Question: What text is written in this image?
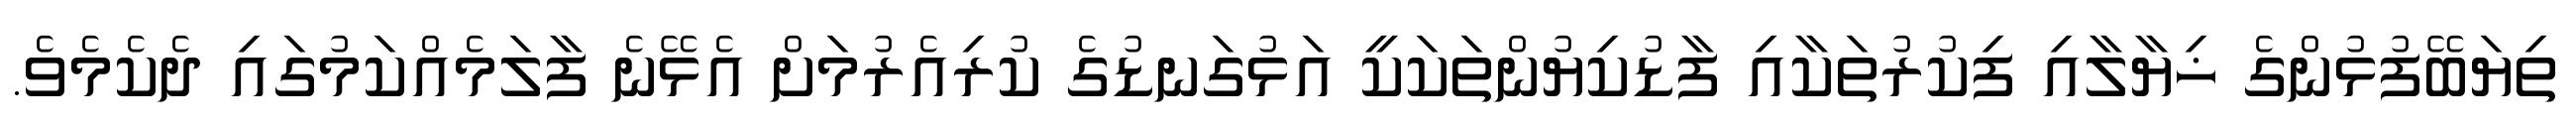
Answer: ތިޔަބޭފުޅުންގެ ޚިޔާލާއި ފިކުރުތަކާއި ފާޑުކިޔުންތަކަކީ އަޅުގަނޑުގެ ކުރިއެރުމަށް އެޅޭނެ ފާލަމެއްކަމުގައި ދެކެމެވެ.